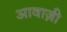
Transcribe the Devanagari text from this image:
आवाज़ी